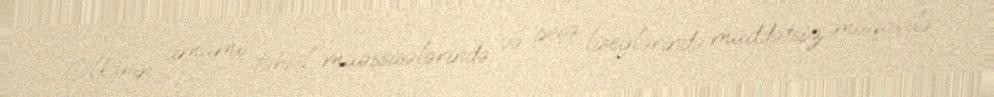
Ölkənin ümumi təhsil müəssisələrində və peşə liseylərində müddətsiz müqavilə